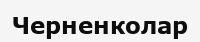
Черненколар